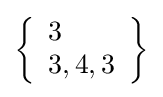
\left\{{\begin{array}{l}3\\3,4,3\end{array}}\right\}